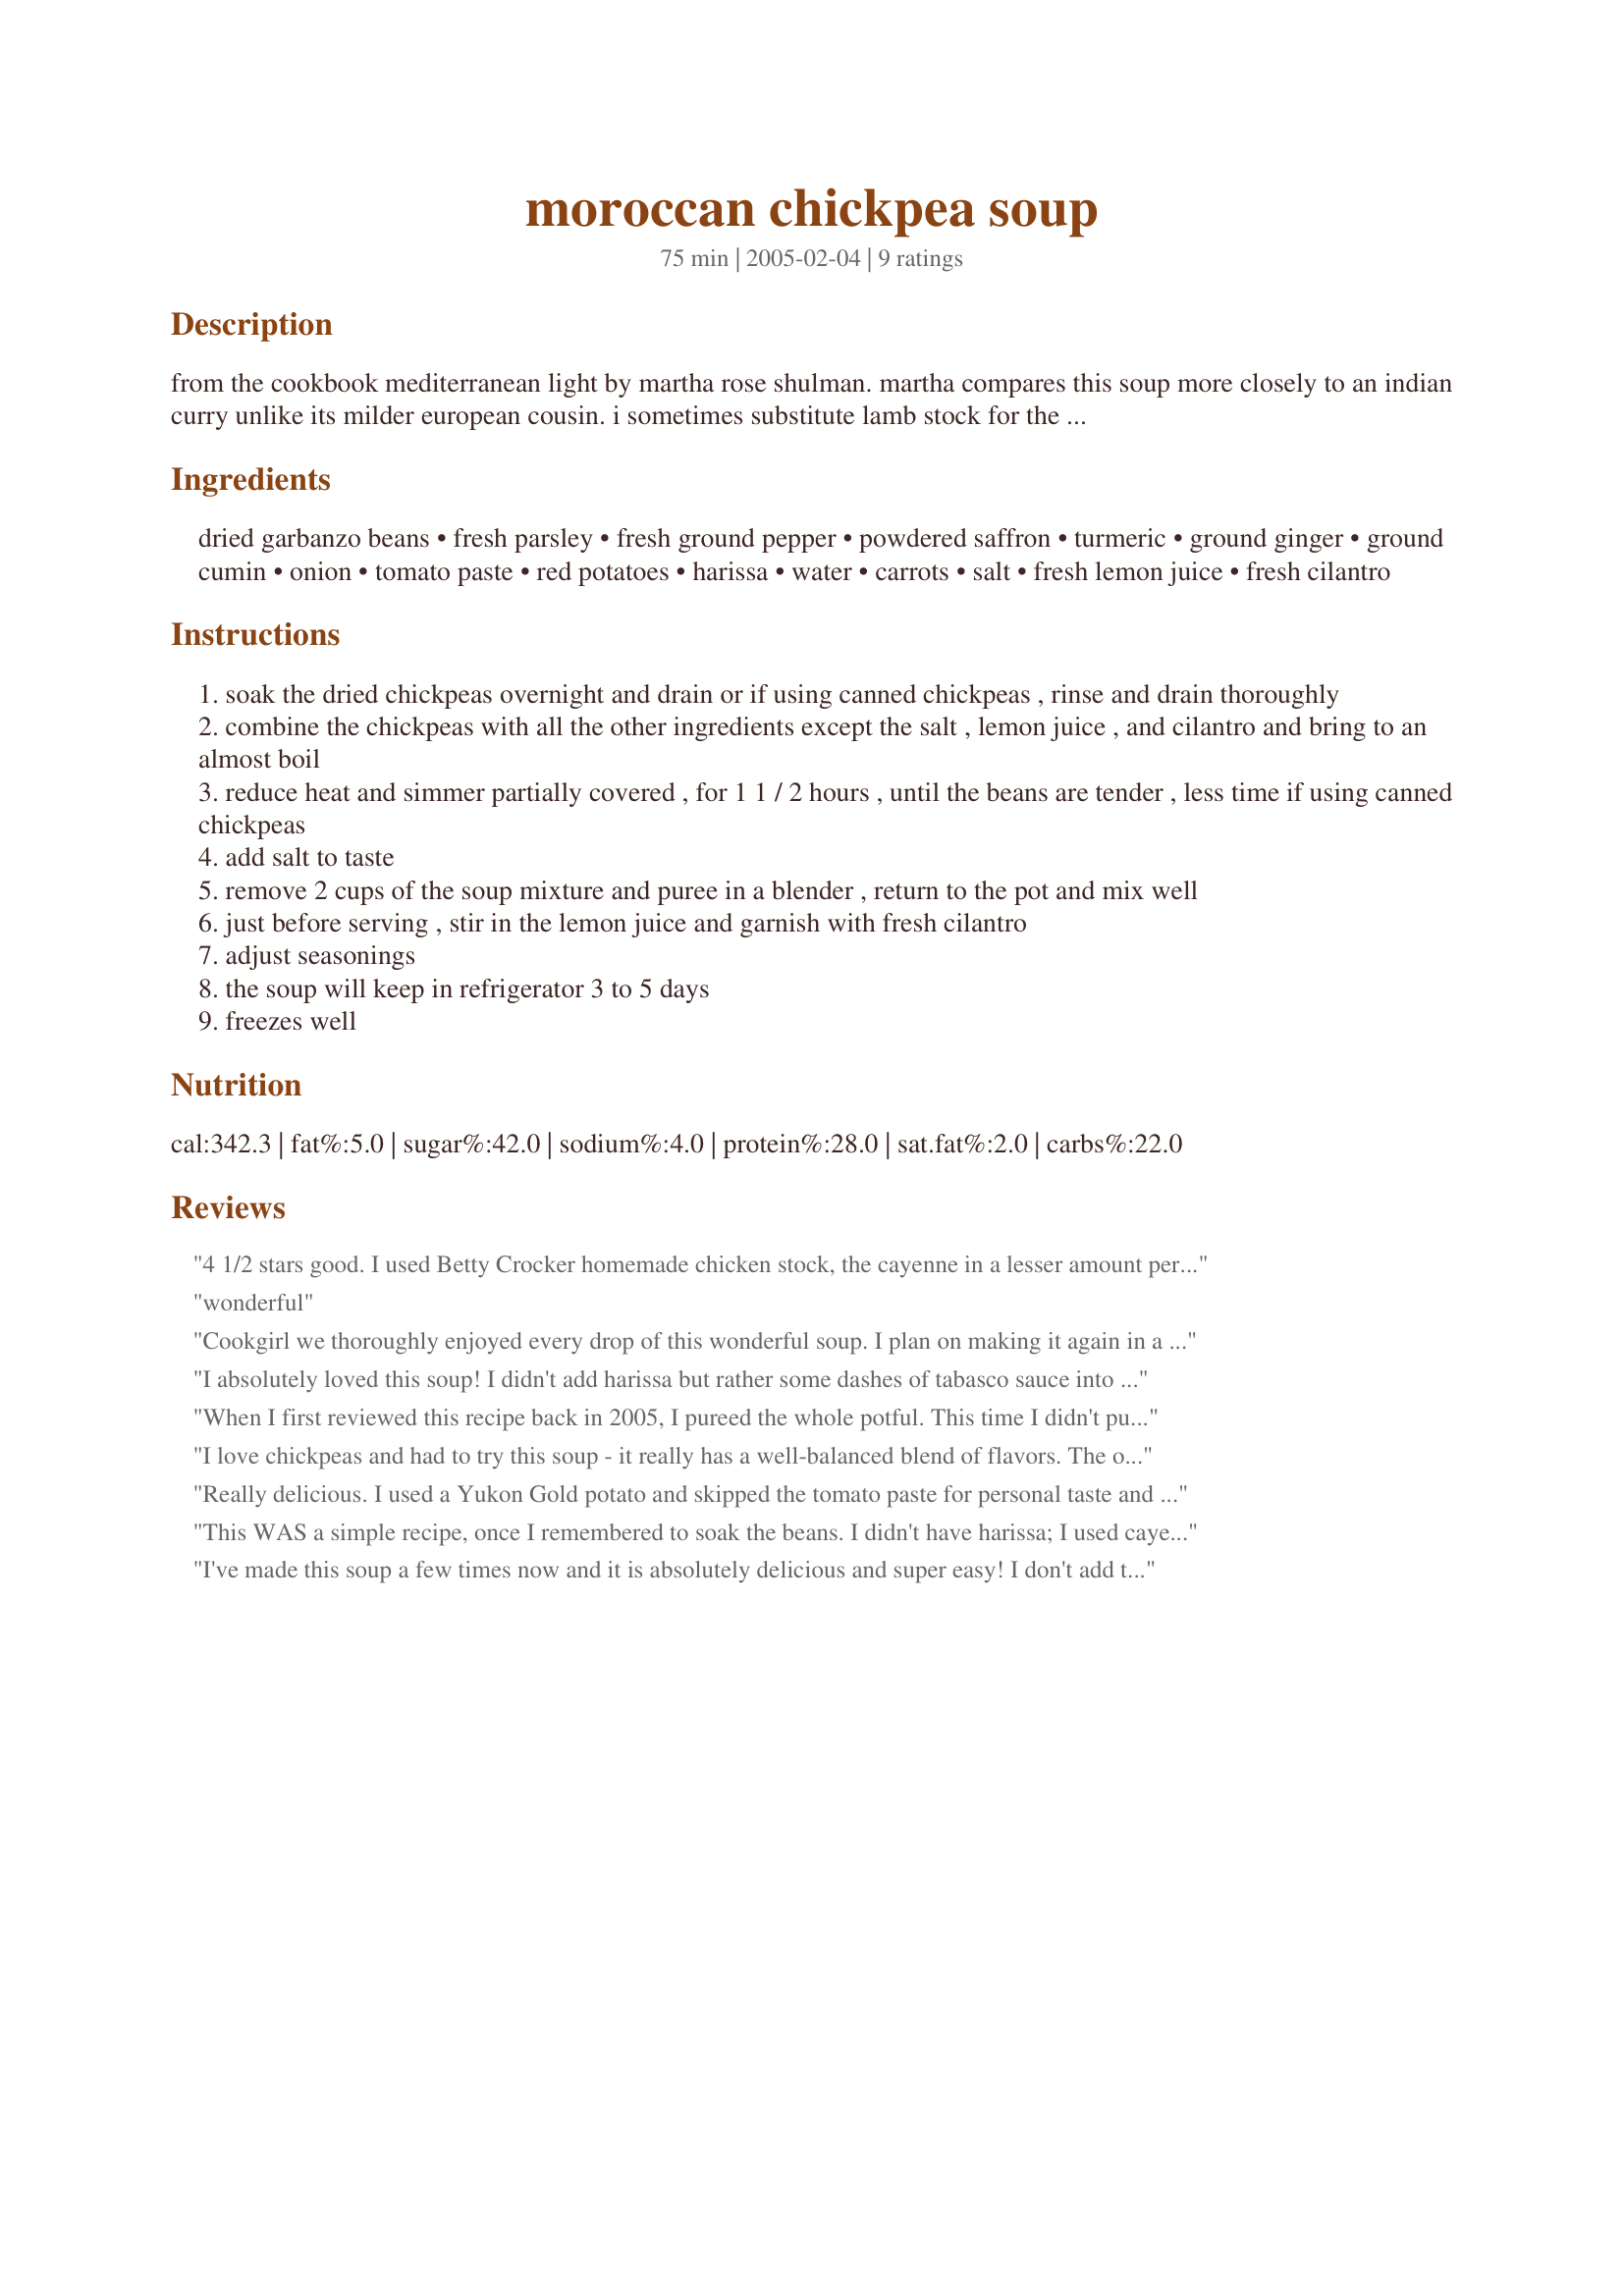
moroccan chickpea soup
Preparation time: 75 minutes

from the cookbook mediterranean light by martha rose shulman. martha compares this soup more closely to an indian curry unlike its milder european cousin. i sometimes substitute lamb stock for the water which gives the soup even more richness. if you choose to use lamb stock you'll probably want a soothing cup of mint tea later. harissa is prepared easily and cheaply at home and there are several good recipes for it on this site.

Ingredients:
dried garbanzo beans, fresh parsley, fresh ground pepper, powdered saffron, turmeric, ground ginger, ground cumin, onion, tomato paste, red potatoes, harissa, water, carrots, salt, fresh lemon juice, fresh cilantro

Steps:
soak the dried chickpeas overnight and drain or if using canned chickpeas , rinse and drain thoroughly
combine the chickpeas with all the other ingredients except the salt , lemon juice , and cilantro and bring to an almost boil
reduce heat and simmer partially covered , for 1 1 / 2 hours , until the beans are tender , less time if using canned chickpeas
add salt to taste
remove 2 cups of the soup mixture and puree in a blender , return to the pot and mix well
just before serving , stir in the lemon juice and garnish with fresh cilantro
adjust seasonings
the soup will keep in refrigerator 3 to 5 days
freezes well

Reviews:
4 1/2 stars good. I used Betty Crocker homemade chicken stock, the cayenne in a lesser amount per preference, canned chickpeas and yellow potato as that is what I had on hand. Made for Ramadan Tag 2010.
wonderful
Cookgirl we thoroughly enjoyed every drop of this wonderful soup. I plan on making it again in a weeks time or so. A well deserved 5 ***** :)
I absolutely loved this soup! I didn't add harissa but rather some dashes of tabasco sauce into my own bowl and I thought the kick it added was wonderful as well as the lemon juice. I also put in 2 tablespoons of olive oil to add body to the soup a little ground coriander as I can't get fresh. Unfortunately my hubby and kids didn't like it at all (they are not fans of Moroccan cuisine) so I will have to give it 4 stars overall. Thanks for the recipe.
When I first reviewed this recipe back in 2005, I pureed the whole potful. This time I didn't puree any of it (yet) I used dried chickpeas, homemade vegetable stock and water in equal amounts. No harissa or cayenne--but a bit of a spice mix of UmmBinat's that just smelled right for this soup. I ate a bowl of it last night--with a squeeze of lemon juice and a sprinkling of freshly chopped cilantro and a nice hit of Sriracha. It was really delicious and it just tasted so healthy. I have portion sized containers in the freezer now-I'll try pureeing a small amount of the chickpeas when I have it next. I would note that if you use dried chickpeas and all water or homemade stock, you'll need to add more salt, as the canned chickpeas have a fair amount of sodium.
I love chickpeas and had to try this soup - it really has a well-balanced blend of flavors. The only major change for me was that I didn't puree a portion of the soup; I'm not a puree-er, I like brothy soups and relatively whole food. I used vegetable broth and canned chickpeas, and happily used the optional lemon juice; it really adds soooo much to the soup and you don't have to add any salt. But my favorite part of the whole soup is the insanely yellow potatoes (from the saffron & turmeric)! Thanks for posting this quick, easy and healthy recipe CG!
Really delicious. I used a Yukon Gold potato and skipped the tomato paste for personal taste and subbed Ras elHanout for the harissa (because I didn't have any). The end result was that I got a lovely golden soup that is a pure pleasure. I made a 2 serving amount and I'm sure that I have enough soup for 6! YAY, leftovers to meld and be even better tomorrow. Oh yes, and I used veggie stock.
This WAS a simple recipe, once I remembered to soak the beans. I didn't have harissa; I used cayenne and a dash of tabasco. I especially liked the fact that no oil is needed. One note, though: there is no way this makes four servings! It's more like 10 or even 12. LOTS of soup.
I've made this soup a few times now and it is absolutely delicious and super easy! I don't add the harissa (not on hand) and it's delicious and filling anyways. Every time I've made it...I get a ton of compliments!
Thanks Cookgirl.
